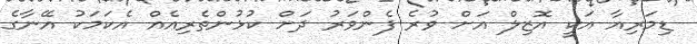
ޑިމަރިއާ އަކީ އޮޒިލް އަށް ވުރެ ފެންވަރު ދަށް ކުޅުންތެރިއެއް އެކަމަކު އޭނާގެ